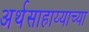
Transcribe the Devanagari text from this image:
अर्थसाहाय्याच्या